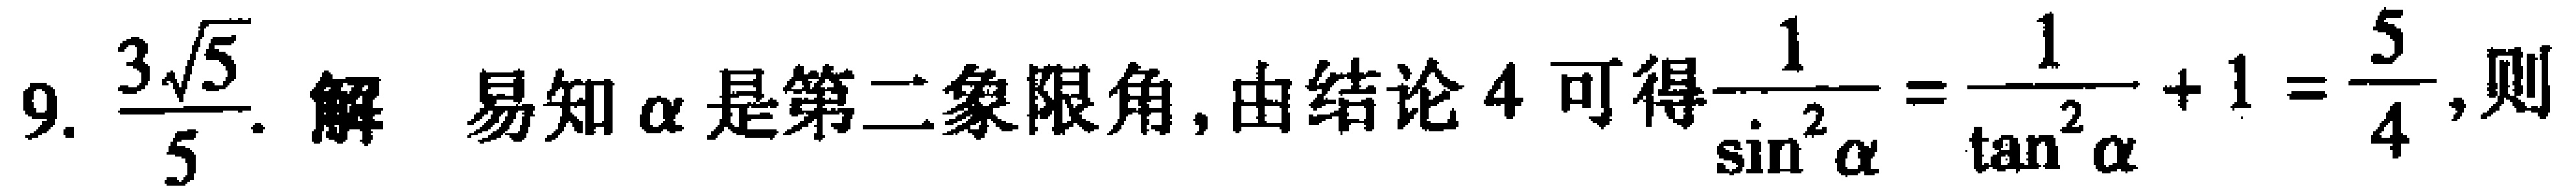
9. $\frac{3\sqrt{5}}{5}$. 解 易知$\alpha$是第二象限角, 由结论 4 可得$\frac{1}{\sin^{2}\alpha}=\frac{1}{\tan^{2}\alpha}+1=\frac{5}{4}$, 则